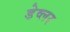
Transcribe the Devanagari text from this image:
डेव्लर